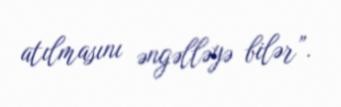
atılmasını əngəlləyə bilər”.